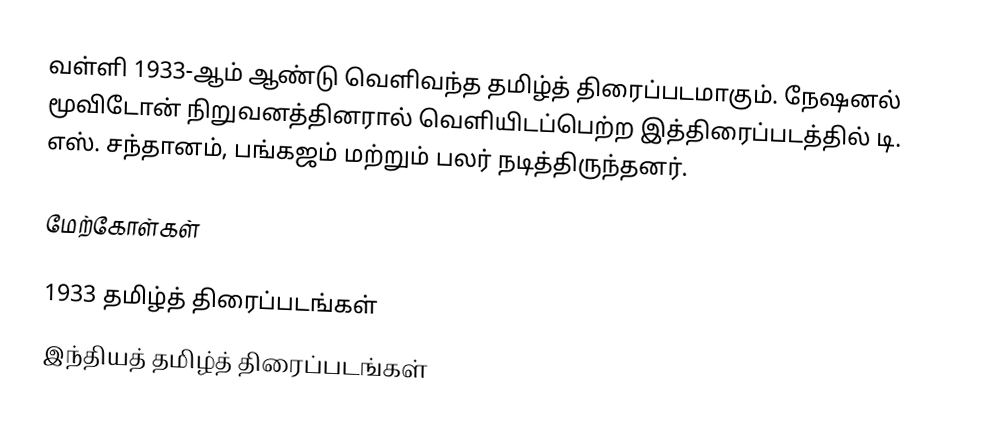
வள்ளி 1933-ஆம் ஆண்டு வெளிவந்த தமிழ்த் திரைப்படமாகும். நேஷனல் மூவிடோன் நிறுவனத்தினரால் வெளியிடப்பெற்ற இத்திரைப்படத்தில் டி. எஸ். சந்தானம், பங்கஜம் மற்றும் பலர் நடித்திருந்தனர்.

மேற்கோள்கள்

1933 தமிழ்த் திரைப்படங்கள்
இந்தியத் தமிழ்த் திரைப்படங்கள்